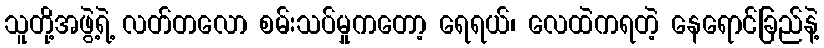
သူတို့အဖွဲ့ရဲ့ လတ်တလော စမ်းသပ်မှုကတော့ ရေရယ်၊ လေထဲကရတဲ့ နေရောင်ခြည်နဲ့